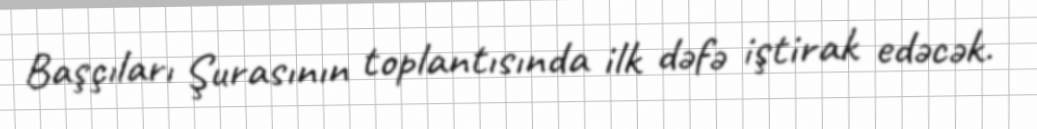
Başçıları Şurasının toplantısında ilk dəfə iştirak edəcək.